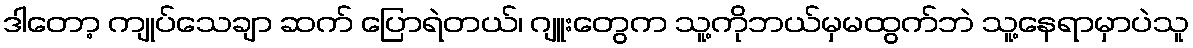
ဒါတော့ ကျုပ်သေချာ ဆက် ပြောရဲတယ်၊ ဂျူးတွေက သူ့ကိုဘယ်မှမထွက်ဘဲ သူ့နေရာမှာပဲသူ